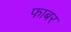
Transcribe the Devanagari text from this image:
फाबर